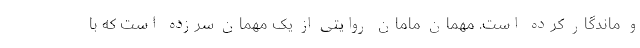
و ماندگار کرده است. مهمان مامان روایتی از یک مهمان سرزده است که با